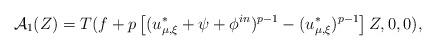
LaTeX: \begin{align*}\mathcal{A}_1(Z) = T(f + p\left[(u^*_{\mu,\xi}+\psi+\phi^{in})^{p-1} -(u^*_{\mu,\xi})^{p-1}\right]Z, 0, 0),\end{align*}